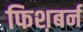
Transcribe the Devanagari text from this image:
फिश़बर्न